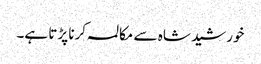
خورشید شاہ سے مکالمہ کرنا پڑتا ہے۔